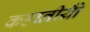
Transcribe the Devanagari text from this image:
कहानीयोँ